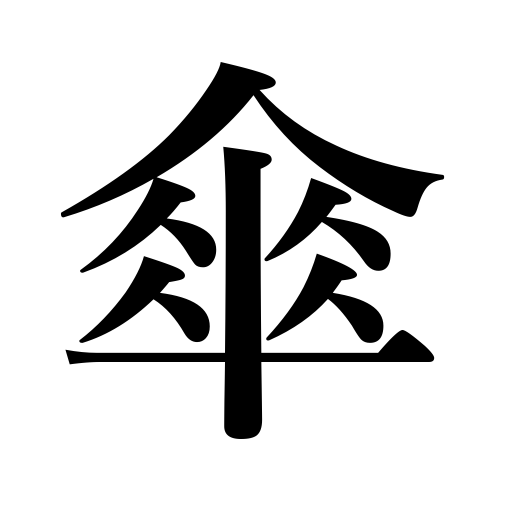
Meanings: umbrella,parasol